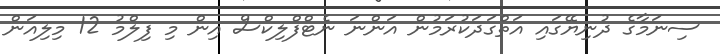
ސިނަމާގެ ދުނިޔޭގައި އަތްގަދަކުރަމުން އަންނަ ނެޓްފްލިކްސް އިން މި ފިލްމު 12 މިލިއަން